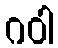
ဂဝါ